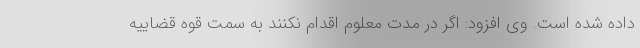
داده شده است. وی افزود: اگر در مدت معلوم اقدام نکنند به سمت قوه قضاییه